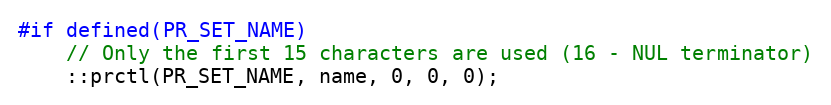
Language: C++
#if defined(PR_SET_NAME)
    // Only the first 15 characters are used (16 - NUL terminator)
    ::prctl(PR_SET_NAME, name, 0, 0, 0);